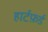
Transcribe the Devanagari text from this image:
हार्टफ़र्ड